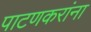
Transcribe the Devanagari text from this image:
पाटणकरांना